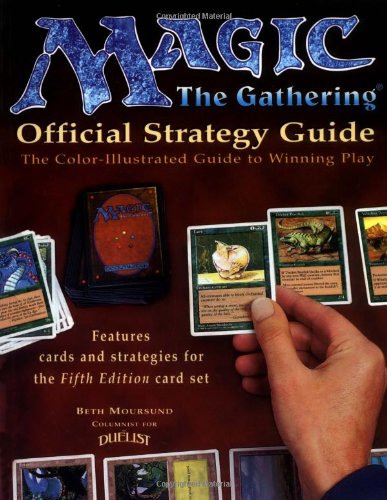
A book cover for Magic: The Gathering - Official Strategy Guide: The Color-Illustrated Guide to Winning Play; Beth Moursund; Science Fiction & Fantasy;